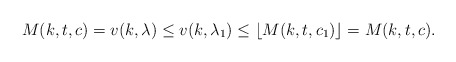
\begin{align*}M(k,t,c)=v(k,\lambda) \leq v(k,\lambda_1)\leq \lfloor M(k,t,c_1) \rfloor= M(k,t,c). \end{align*}